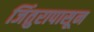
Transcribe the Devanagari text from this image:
जिंतुरापासून